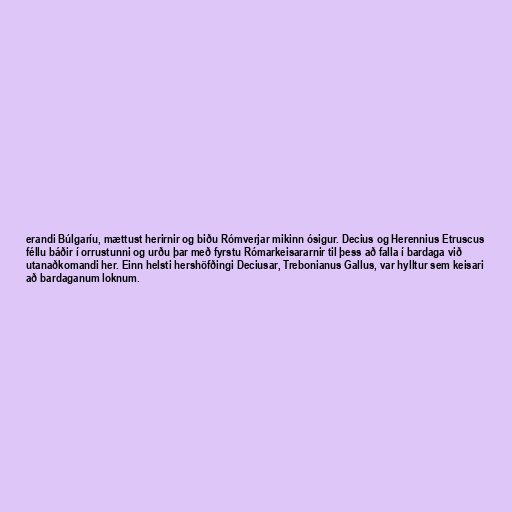
erandi Búlgaríu, mættust herirnir og biðu Rómverjar mikinn ósigur. Decius og Herennius Etruscus
féllu báðir í orrustunni og urðu þar með fyrstu Rómarkeisararnir til þess að falla í bardaga við
utanaðkomandi her. Einn helsti hershöfðingi Deciusar, Trebonianus Gallus, var hylltur sem keisari
að bardaganum loknum.